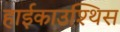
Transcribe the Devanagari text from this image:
हाईकाउश्थिस